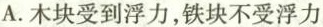
A.木块受到浮力，铁块不受浮力